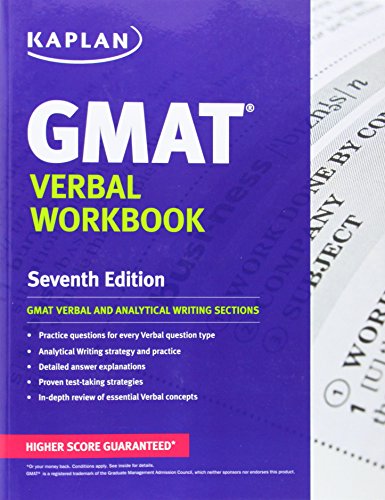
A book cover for Kaplan GMAT Verbal Workbook (Kaplan Test Prep); Kaplan; Test Preparation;